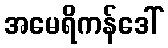
အမေရိကန်ဒေါ်